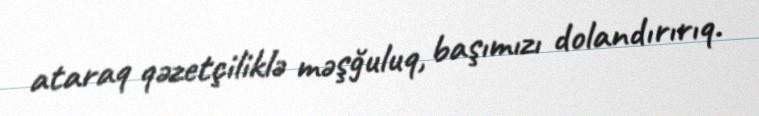
ataraq qəzetçiliklə məşğuluq, başımızı dolandırırıq.